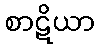
စာဋိယာ